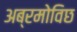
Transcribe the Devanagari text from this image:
अब्रमोविछ